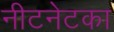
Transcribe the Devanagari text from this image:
नीटनेटका